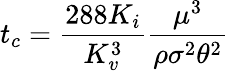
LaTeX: t_{c}=\frac{288K_{i}}{K_{v}^{3}}\frac{\mu^{3}}{\rho\sigma^{2}\theta^{2}}